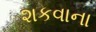
શકવાના